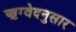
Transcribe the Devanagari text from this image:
ऋग्वेदनुसार